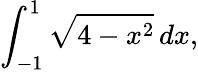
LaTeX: \int_{-1}^{1}{\sqrt{4-x^{2}}}\, dx,